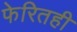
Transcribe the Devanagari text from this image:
फेरितही